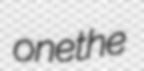
onethe